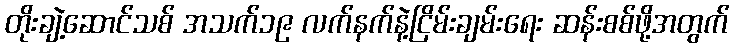
တိုးချဲ့ဆောင်သစ် အသက်၁၉ လက်နက်နဲ့ငြိမ်းချမ်းရေး ဆန်းစစ်ဖို့အတွက်